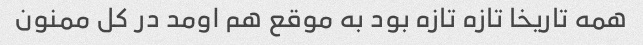
همه تاریخا تازه تازه بود به موقع هم اومد در کل ممنون